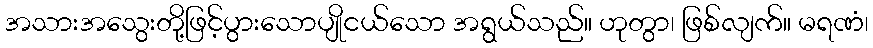
အသားအသွေးတို့ဖြင့်ပွားသောပျိုငယ်သော အရွယ်သည်။ ဟုတွာ၊ ဖြစ်လျက်။ မရဏံ၊